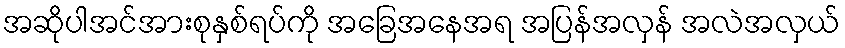
အဆိုပါအင်အားစုနှစ်ရပ်ကို အခြေအနေအရ အပြန်အလှန် အလဲအလှယ်